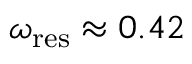
\omega _ { \mathrm { r e s } } \approx 0 . 4 2